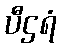
ပီဌရံ